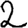
Digit: 2